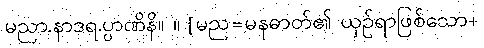
မညာ.နာဒရ.ပ္ပာဏိနိ။ ။ [မည=မနဓာတ်၏ ယှဉ်ရာဖြစ်သော+